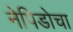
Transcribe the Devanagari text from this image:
नेपिडोचा